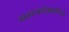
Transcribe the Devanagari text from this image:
बद्धकोष्ठतेचा